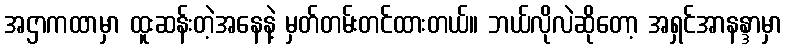
အဌာကထာမှာ ထူးဆန်းတဲ့အနေနဲ့ မှတ်တမ်းတင်ထားတယ်။ ဘယ်လိုလဲဆိုတော့ အရှင်အာနန္ဒာမှာ